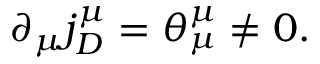
\partial _ { \mu } j _ { D } ^ { \mu } = \theta _ { \mu } ^ { \mu } \neq 0 .